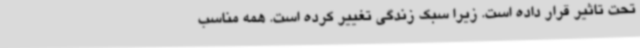
تحت تاثیر قرار داده است. زیرا سبک زندگی تغییر کرده است. همه مناسب